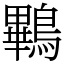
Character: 鷝